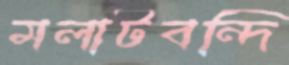
মলাটবন্দি